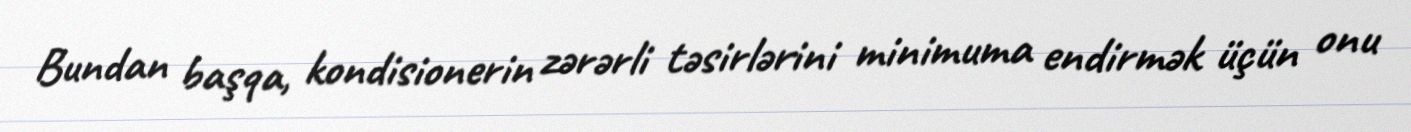
Bundan başqa, kondisionerin zərərli təsirlərini minimuma endirmək üçün onu